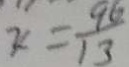
x = \frac { 9 6 } { 1 3 }